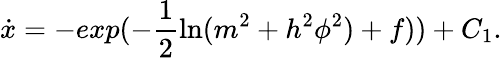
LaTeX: \dot{x}=-exp(-\frac{1}{2}\ln(m^{2}+h^{2}\phi^{2})+f))+C_{1}.